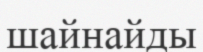
шайнайды